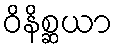
ဝိနိစ္ဆယာ